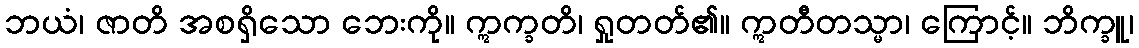
ဘယံ၊ ဇာတိ အစရှိသော ဘေးကို။ ဣက္ခတိ၊ ရှုတတ်၏။ ဣတီတသ္မာ၊ ကြောင့်။ ဘိက္ခူ၊